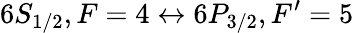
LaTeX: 6S_{1/2},F=4\leftrightarrow 6P_{3/2},F^{\prime}=5